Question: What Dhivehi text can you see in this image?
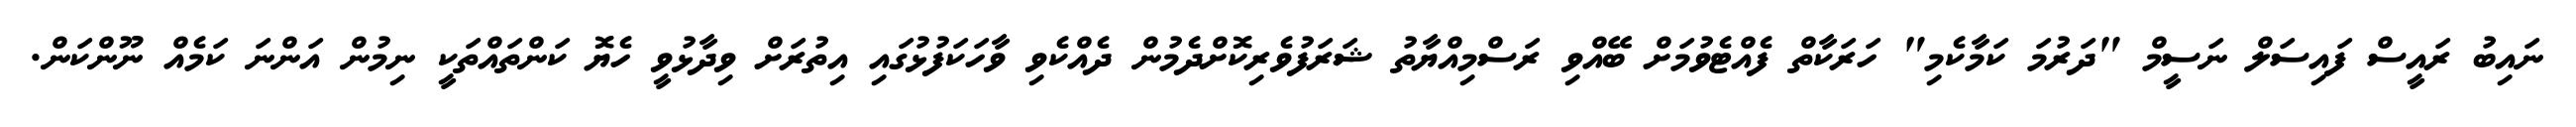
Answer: ނައިބު ރައީސް ފައިސަލް ނަސީމް "ދަރުމަ ކަމާކެމި" ހަރަކާތް ފެއްޓެވުމަށް ބޭއްވި ރަސްމިއްޔާތު ޝަރަފުވެރިކޮށްދެމުން ދެއްކެވި ވާހަކަފުޅުގައި އިތުރަށް ވިދާޅުވީ ހެޔޮ ކަންތައްތަކީ ނިމުން އަންނަ ކަމެއް ނޫންކަން.